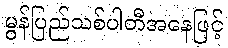
မွန်ပြည်သစ်ပါတီအနေဖြင့်